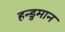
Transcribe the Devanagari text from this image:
हन्डुमान